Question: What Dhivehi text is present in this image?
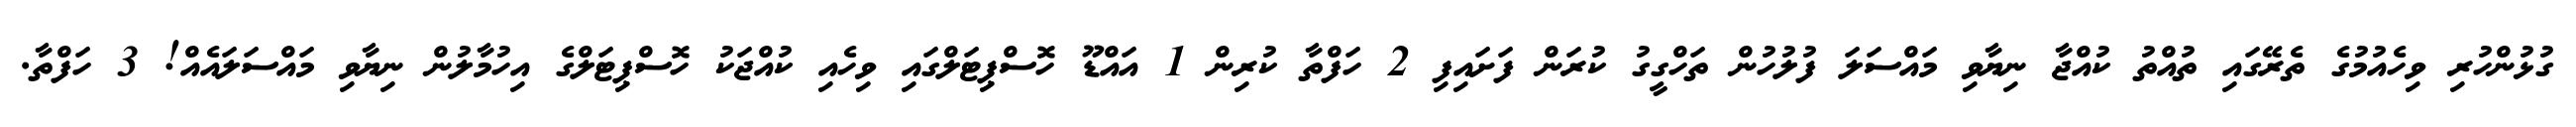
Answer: ގުޅުންހުރި ވިހެއުމުގެ ތެރޭގައި ތުއްތު ކުއްޖާ ނިޔާވި މައްސަލަ ފުލުހުން ތަހްގީގު ކުރަން ފަށައިފި 2 ހަފްތާ ކުރިން 1 އައްޑޫ ހޮސްޕިޓަލްގައި ވިހެއި ކުއްޖަކު ހޮސްޕިޓަލްގެ އިހުމާލުން ނިޔާވި މައްސަލައެއް! 3 ހަފްތާ.